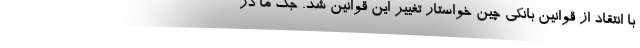
با انتقاد از قوانین بانکی چین خواستار تغییر این قوانین شد. جک ما در